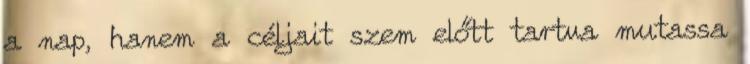
a nap, hanem a céljait szem előtt tartva mutassa